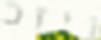
ויזכ